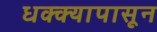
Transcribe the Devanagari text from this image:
धक्क्यापासून